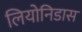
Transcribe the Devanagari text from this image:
लियोनिडास